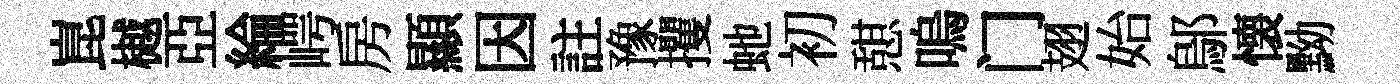
崑樾亞綸崿房顯因註豫攫虵初憇嗚门翅始鄔懐黝